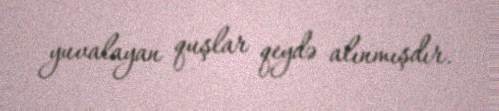
yuvalayan quşlar qeydə alınmışdır.